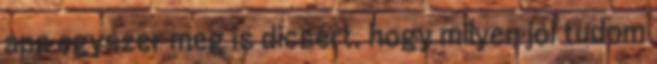
apa egyszer meg is dicsért, hogy milyen jól tudom